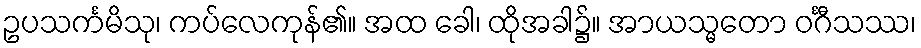
ဥပသင်္ကမိသု၊ ကပ်လေကုန်၏။ အထ ခေါ၊ ထိုအခါ၌။ အာယသ္မတော ဝင်္ဂီသဿ၊